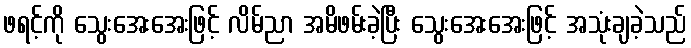
ဖရင့်ကို သွေးအေးအေးဖြင့် လိမ်ညာ အမိဖမ်းခဲ့ပြီး သွေးအေးအေးဖြင့် အသုံးချခဲ့သည်